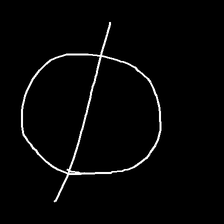
Glyph: orb